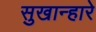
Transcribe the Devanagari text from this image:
सुखान्हारे